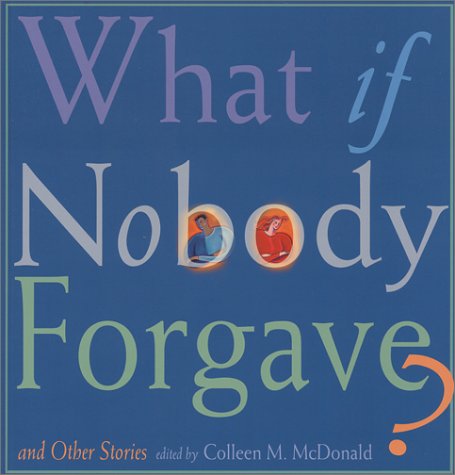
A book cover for What If Nobody Forgave and Other Stories; Religion & Spirituality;